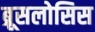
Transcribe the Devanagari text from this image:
ब्रूसलोसिस